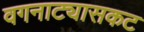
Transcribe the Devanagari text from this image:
वगनाट्यासकट